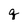
Character: q